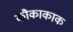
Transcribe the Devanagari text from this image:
कौकाकाक